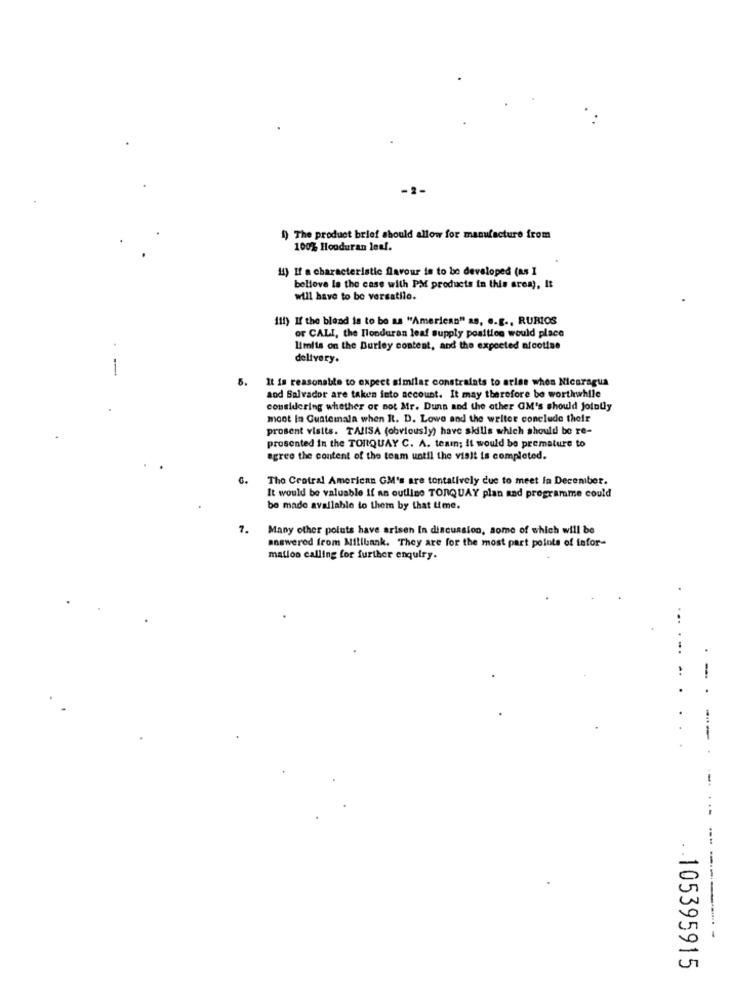
-2-
1) The product brief should allow for manufacture from
100% Honduran leal.
14) If a characteristic flavour is to be developed (as I
bellove la the case with PM products in this area), It
will have to be versatile.
1tl) If the blend is to be as "American" as, e.g ., RURIOS
or CALI, the Ilonduran leaf supply position would place
limits on the Burley content, and the expected nicotine
delivery.
-
5.
It is reasonable to expect similar constraints to arles whos Nicaragua
and Salvador are taken into account. It may therefore be worthwhile
considering whether or not Mr. Dunn and the other GM's should jointly
moot In Guatemala when It. D. Lowe and the writer conclude their
prosent visits. TALISA (obviously) have skills which should be re-
prosented in the TORQUAY C. A. team; It would be premature to
agree the content of the team until the visit is completed.
6.
The Central American GM's are tentatively due to meet In December.
It would be valuable if an outline TORQUAY plan and programme could
be made available to them by that time.
7.
Many other poluts have arisen In discussion, some of which will be
answered from Millbank. They are for the most part points of infor-
mation calling for further enquiry.
...
-.
.-
105395915